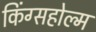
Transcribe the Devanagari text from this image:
किंग्सहोल्म